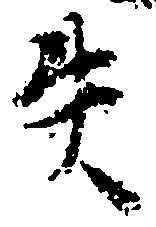
失